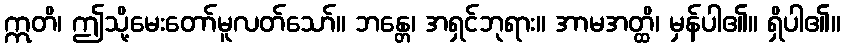
ဣတိ၊ ဤသို့မေးတော်မူလတ်သော်။ ဘန္တေ၊ အရှင်ဘုရား။ အာမအတ္ထိ၊ မှန်ပါ၏။ ရှိပါ၏။